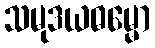
သမုဒယဓမ္မော